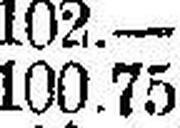
100.75